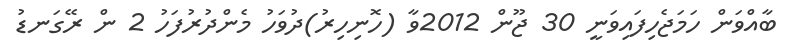
ބާއްވަން ހަމަޖެހިފައިވަނީ 30 ޖޫން 2012ވާ (ހޮނިހިރު)ދުވަހު މެންދުރުފަހު 2 ން ރޭގަނޑު